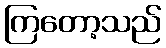
ကြတော့သည်